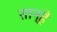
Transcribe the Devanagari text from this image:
तान्हें